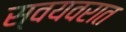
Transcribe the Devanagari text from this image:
स्वयवरात